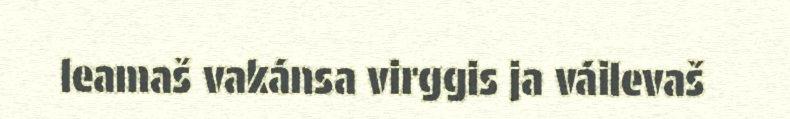
leamaš vakánsa virggis ja váilevaš